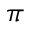
\pi